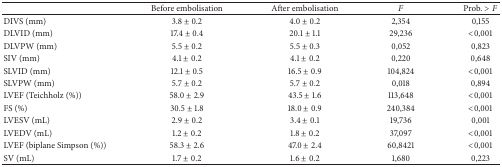
<table><thead><tr><td><b> </b></td><td><b>Before embolisation</b></td><td><b>After embolisation</b></td><td><b><i>F</i></b></td><td><b>Prob. &gt; <i>F</i></b></td></tr></thead><tbody><tr><td>DIVS (mm)</td><td>3.8 ± 0.2</td><td>4.0 ± 0.2</td><td>2,354</td><td>0,155</td></tr><tr><td>DLVID (mm)</td><td>17.4 ± 0.4</td><td>20.1 ± 1.1</td><td>29,236</td><td>&lt;0,001</td></tr><tr><td>DLVPW (mm)</td><td>5.5 ± 0.2</td><td>5.5 ± 0.3</td><td>0,052</td><td>0,823</td></tr><tr><td>SIV (mm)</td><td>4.1 ± 0.2</td><td>4.1 ± 0.2</td><td>0,220</td><td>0,648</td></tr><tr><td>SLVID (mm)</td><td>12.1 ± 0.5</td><td>16.5 ± 0.9</td><td>104,824</td><td>&lt;0,001</td></tr><tr><td>SLVPW (mm)</td><td>5.7 ± 0.2</td><td>5.7 ± 0.2</td><td>0,018</td><td>0,894</td></tr><tr><td>LVEF (Teichholz (%))</td><td>58.0 ± 2.9</td><td>43.5 ± 1.6</td><td>113,648</td><td>&lt;0,001</td></tr><tr><td>FS (%)</td><td>30.5 ± 1.8</td><td>18.0 ± 0.9</td><td>240,384</td><td>&lt;0,001</td></tr><tr><td>LVESV (mL)</td><td>2.9 ± 0.2</td><td>3.4 ± 0.1</td><td>19,736</td><td>0,001</td></tr><tr><td>LVEDV (mL)</td><td>1.2 ± 0.2</td><td>1.8 ± 0.2</td><td>37,097</td><td>&lt;0,001</td></tr><tr><td>LVEF (biplane Simpson (%))</td><td>58.3 ± 2.6</td><td>47.0 ± 2.4</td><td>60,8421</td><td>&lt;0,001</td></tr><tr><td>SV (mL)</td><td>1.7 ± 0.2</td><td>1.6 ± 0.2</td><td>1,680</td><td>0,223</td></tr></tbody></table>